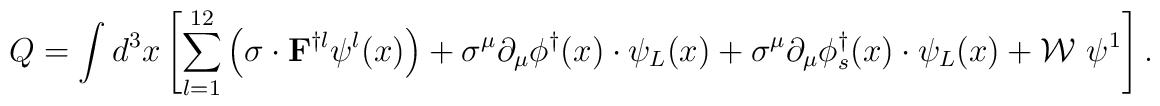
Q=\int d^3 x \left [ \sum_{l=1}^{12}\left ( {\mathbf{\sigma}}\cdot {\bf F}^{\dagger l}\psi^l(x) \right )+\sigma^{\mu}\partial_{\mu}\phi^{\dagger}(x)\cdot\psi_L(x) +\sigma^{\mu}\partial_{\mu}\phi_s^{\dagger}(x)\cdot \psi_L(x) + \mathcal{W}~\psi^1 \right ].